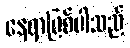
နေရာဖြစ်ပါသည်